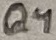
Text: Q4